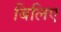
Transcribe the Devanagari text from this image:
बिलिए